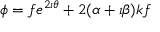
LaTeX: \phi = f e ^ { 2 \imath \theta } + 2 ( \alpha + \imath \beta ) k f